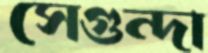
সেগুন্দা